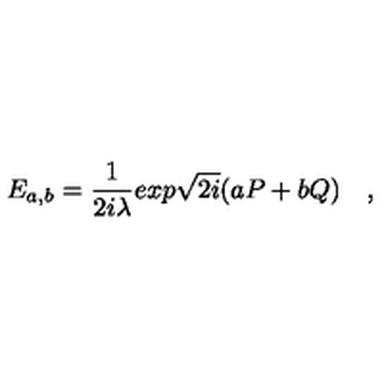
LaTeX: E _ { a , b } = { \frac { 1 } { 2 i \lambda } } e x p \sqrt { 2 i } ( a P + b Q ) \quad ,